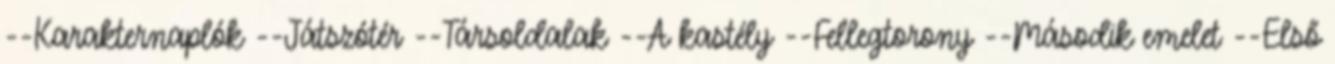
--Karakternaplók --Játszótér --Társoldalak --A kastély --Fellegtorony --Második emelet --Első